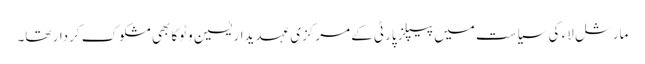
مارشل لاء کی سیاست میں پیپلز پارٹی کے مرکزی عہدیدار یٰسین وٹوکا بھی مشکوک کردار تھا۔